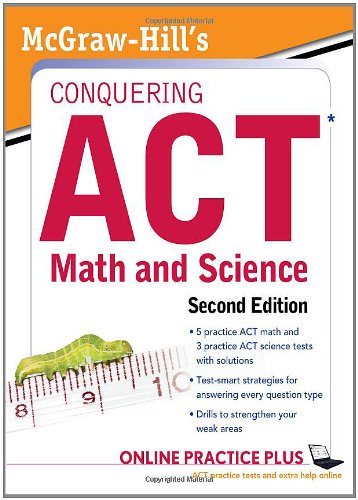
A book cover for McGraw-Hill's Conquering the ACT Math and Science, 2nd Edition; Steven Dulan; Test Preparation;